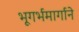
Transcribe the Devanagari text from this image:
भूगर्भमार्गाने